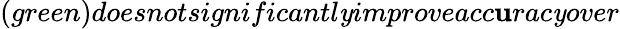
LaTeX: (green)doesnotsignificantl\mathit{y}improveacc\mathbf{u}rac\mathit{y}over